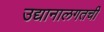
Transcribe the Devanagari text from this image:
उद्यानालगतची